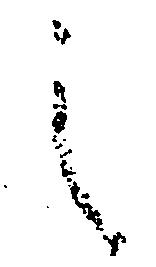
之